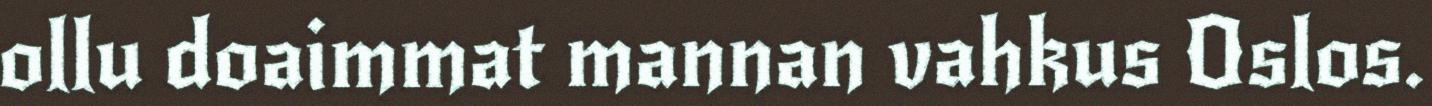
ollu doaimmat mannan vahkus Oslos.